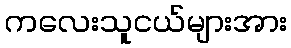
ကလေးသူငယ်များအား